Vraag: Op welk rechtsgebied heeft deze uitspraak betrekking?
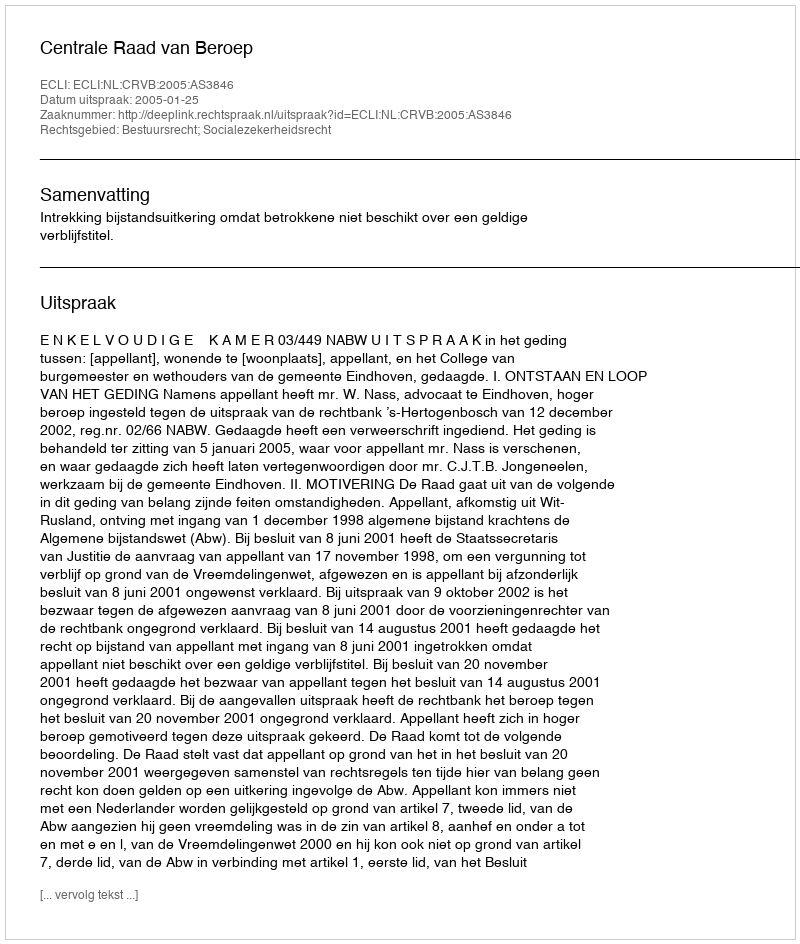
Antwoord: Bestuursrecht; Socialezekerheidsrecht